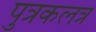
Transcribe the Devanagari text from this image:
पुत्रकलत्र